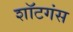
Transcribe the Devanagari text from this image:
शॉटगंस